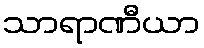
သာရာဏီယာ